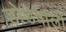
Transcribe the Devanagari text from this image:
डोडवाली